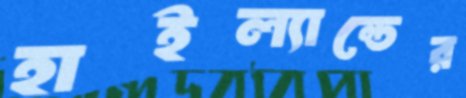
হাইল্যান্ডের